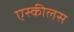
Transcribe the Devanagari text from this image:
एस्कीलस